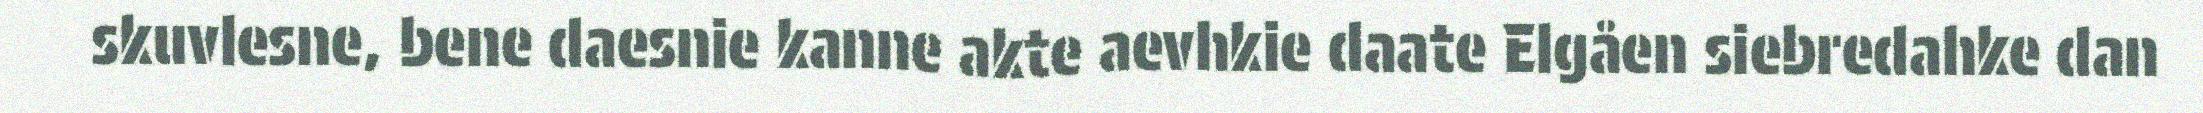
skuvlesne, bene daesnie kanne akte aevhkie daate Elgåen siebredahke dan